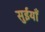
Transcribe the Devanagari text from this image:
सुईयाँ